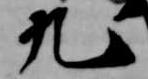
九